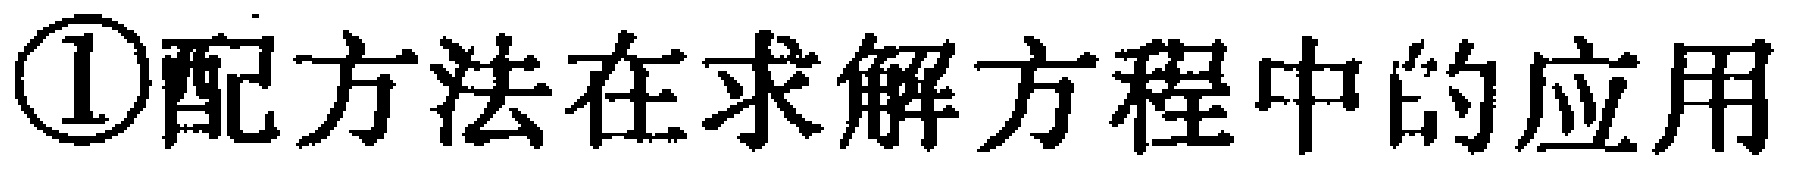
\textcircled{1}配方法在求解方程中的应用